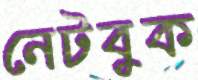
নেটবুক